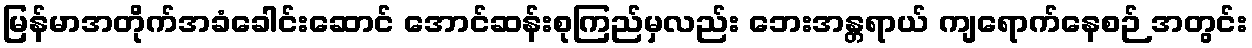
မြန်မာအတိုက်အခံခေါင်းဆောင် အောင်ဆန်းစုကြည်မှလည်း ဘေးအန္တရာယ် ကျရောက်နေစဉ် အတွင်း